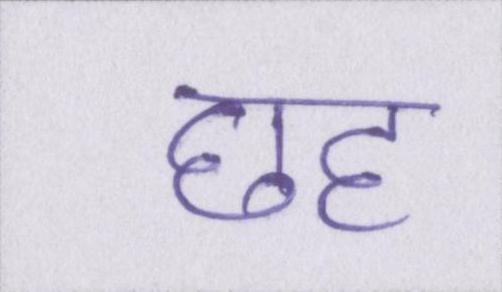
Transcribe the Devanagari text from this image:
छह